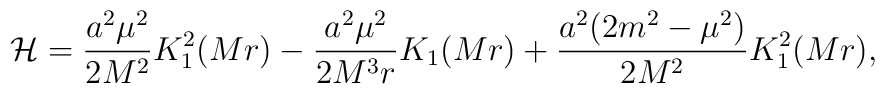
{\cal H} = \frac{a^2\mu^2}{2M^2} K_1^2(Mr) - \frac{a^2\mu^2}{2M^3r} K_1(Mr) + \frac{a^2(2m^2-\mu^2)}{2M^2} K_1^2(Mr),